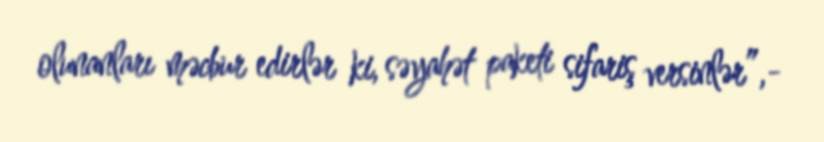
olunanları məcbur edirlər ki, səyahət paketi sifariş versinlər”,-